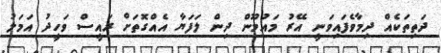
ދަތިތަކެއް ދިމާވެފައިވަނީ އޭރު މައުމޫން ދިން ލަފަޔާ އެއްގޮތަށް ރައީސް ވަހީދު އަމަލު